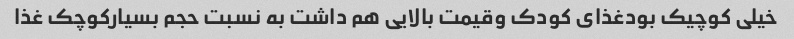
خیلی کوچیک بودغذای کودک وقیمت بالایی هم داشت به نسبت حجم بسیارکوچک غذا